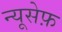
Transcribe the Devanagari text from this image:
न्यूसेफ़